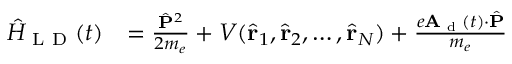
\begin{array} { r l } { \hat { H } _ { \textrm { L D } } ( t ) } & { = \frac { \hat { \mathbf { P } } ^ { 2 } } { 2 m _ { e } } + V ( \hat { \mathbf { r } } _ { 1 } , \hat { \mathbf { r } } _ { 2 } , \hdots , \hat { \mathbf { r } } _ { N } ) + \frac { e \mathbf { A } _ { \textrm { d } } ( t ) \cdot \hat { \mathbf { P } } } { m _ { e } } } \end{array}